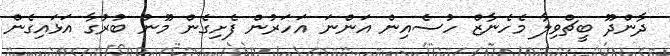
ދާންދޫ ބީޗްވިލާ މެހެނާޒް ހުސެއިން އަންނަ އަހަރުން ފެށިގެން މޫނު ބުރުގާ އަޅައިގެން